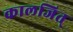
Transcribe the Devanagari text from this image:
कालजित्‌